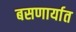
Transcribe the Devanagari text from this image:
बसणार्यात